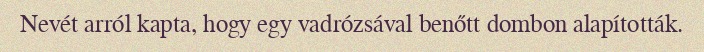
Nevét arról kapta, hogy egy vadrózsával benőtt dombon alapították.